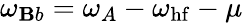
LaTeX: \omega_{\mathbf{B}b}=\omega_{A}-\omega_{\mathrm{{hf}}}-\mu